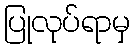
ပြုလုပ်ရာမှ